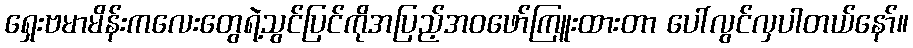
ရှေးဗမာမိန်းကလေးတွေရဲ့သွင်ပြင်ကိုအပြည့်အဝဖော်ကြူးထားတာ ပေါ်လွင်လှပါတယ်နော်။